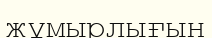
жұмырлығын